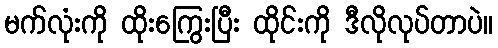
မက်လုံးကို ထိုးကြွေးပြီး ထိုင်းကို ဒီလိုလုပ်တာပဲ။